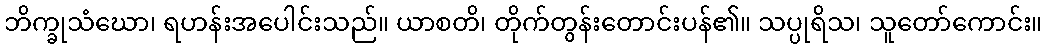
ဘိက္ခုသံဃော၊ ရဟန်းအပေါင်းသည်။ ယာစတိ၊ တိုက်တွန်းတောင်းပန်၏။ သပ္ပုရိသ၊ သူတော်ကောင်း။